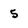
Character: 5